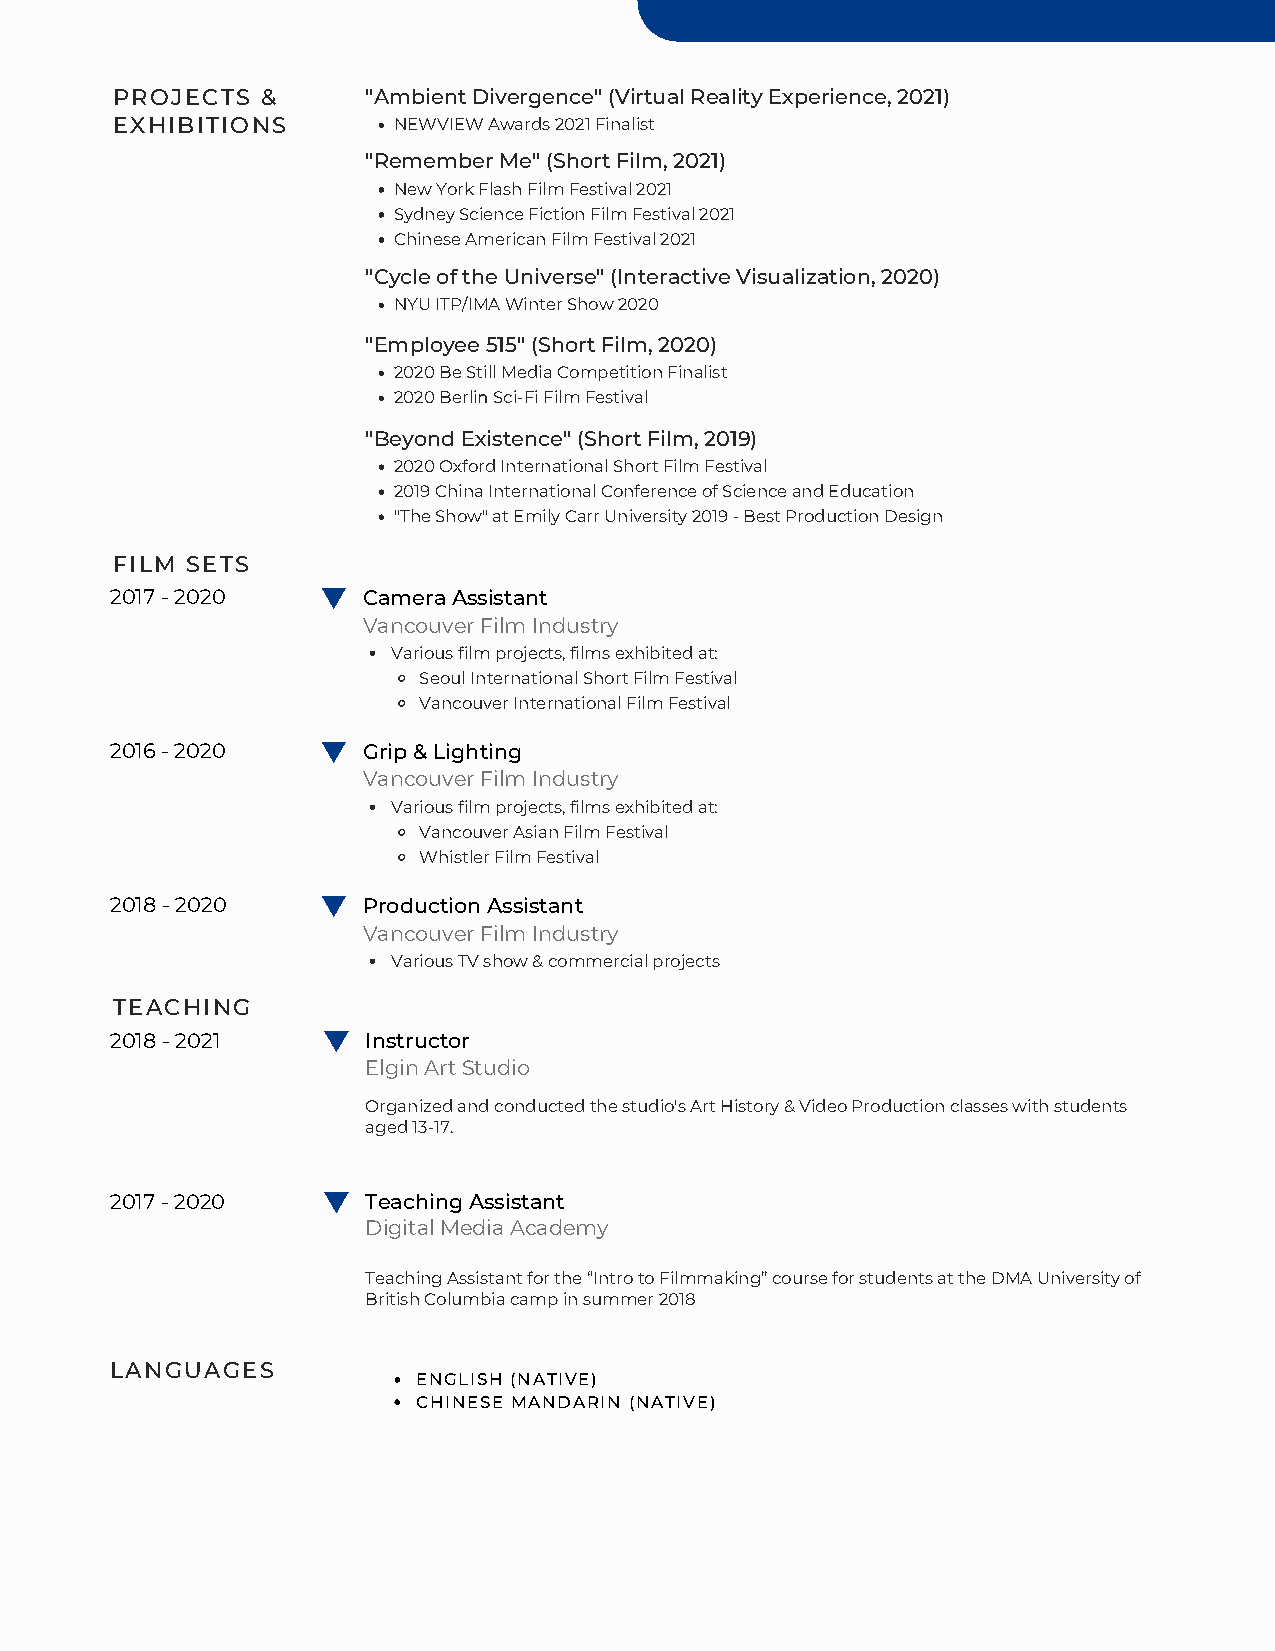
PROJECTS  &      "Ambient Divergence" (Virtual Reality Experience, 2021)
 EXHIBITIONS        NEWVIEW Awards 2021 Finalist
 "Remember Me" (Short Film, 2021)
 New York Flash Film Festival 2021
 Sydney Science Fiction Film Festival 2021
 Chinese American Film Festival 2021
 "Cycle of the Universe" (Interactive Visualization, 2020)
 NYU ITP/IMA Winter Show 2020
 "Employee 515" (Short Film, 2020)
 2020 Be Still Media Competition Finalist
 2020 Berlin Sci-Fi Film Festival
 "Beyond Existence" (Short Film, 2019)
 2020 Oxford International Short Film Festival
 2019 China International Conference of Science and Education
 "The Show" at Emily Carr University 2019 - Best Production Design
 FILM SETS
 2017 - 2020      Camera Assistant
 Vancouver Film Industry
 Various film projects, films exhibited at:
 Seoul International Short Film Festival
 Vancouver International Film Festival
 2016 - 2020      Grip & Lighting
 Vancouver Film Industry
 Various film projects, films exhibited at:
 Vancouver Asian Film Festival
 Whistler Film Festival
 2018 - 2020      Production Assistant
 Vancouver Film Industry
 Various TV show & commercial projects
 TEACHING
 2018 - 2021      Instructor
 Elgin Art Studio
 Organized and conducted the studio's Art History & Video Production classes with students
 aged 13-17.
 2017 - 2020      Teaching Assistant
 Digital Media Academy
 Teaching Assistant for the “Intro to Filmmaking” course for students at the DMA University of
 British Columbia camp in summer 2018
 LANGUAGES
 ENGLISH (NATIVE)
 CHINESE MANDARIN (NATIVE)